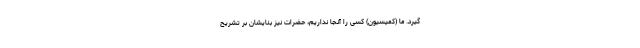
گیرد. ما (کمیسیون) کسی را آنجا نداریم، حضرات نیز بنایشان بر تشریح